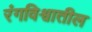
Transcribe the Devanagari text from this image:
रंगविश्वातील